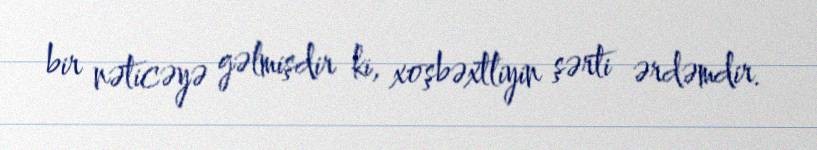
bir nəticəyə gəlmişdir ki, xoşbəxtliyin şərti ərdəmdir.